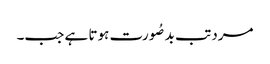
مرد تب بدصُورت ہوتا ہے جب۔